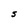
Character: S